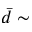
\bar { d } \sim